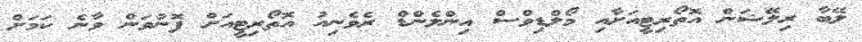
ލޭބާ ރިލޭޝަން އޮތޯރިޓީއަށާއި މޯލްޑިވްސް އިންލެންޑް ރެވެނިއު އޮތޯރިޓީއަށް ފޮނުވަން ވާނެ ކަމަށް